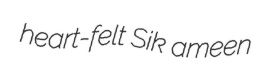
heart-felt Sik ameen